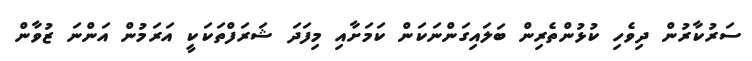
ސަރުކާރުން ދިވެހި ކުޅުންތެރިން ބަލައިގަންނަކަން ކަމަށާއި މިފަދަ ޝަރަފްތަކަކީ އަރަމުން އަންނަ ޒުވާން